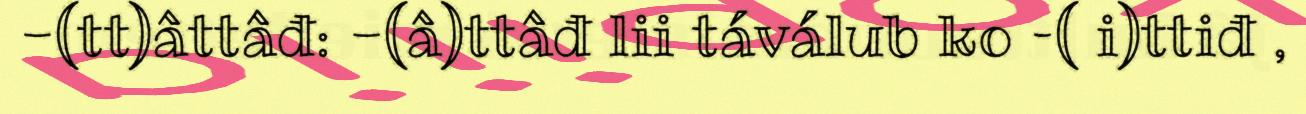
-(tt)âttâđ: -(â)ttâđ lii táválub ko –( i)ttiđ ,